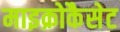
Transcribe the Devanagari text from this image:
माइक्रोकैसेट